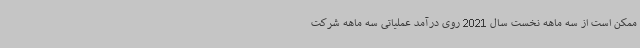
ممکن است از سه ماهه نخست سال 2021 روی درآمد عملیاتی سه ماهه شرکت